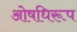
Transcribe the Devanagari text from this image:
ओषधिरूप